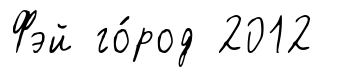
Фэй го́род 2012